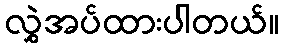
လွှဲအပ်ထားပါတယ်။